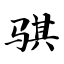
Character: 骐